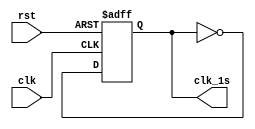
module clk_div(clk,rst,clk_1s);

input clk;
input rst;
output clk_1s;

reg clk_1s;


always @(posedge clk,negedge rst)begin
   if(!rst)
      clk_1s<=1'b0;
   else 
		clk_1s<=~clk_1s;
end

endmodule